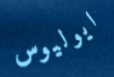
ايوليوس